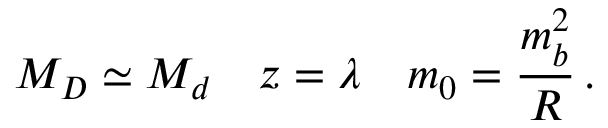
M _ { D } \simeq M _ { d } \quad z = \lambda \quad m _ { 0 } = { \frac { m _ { b } ^ { 2 } } { R } } \, .